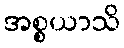
အစ္စယာသိ